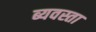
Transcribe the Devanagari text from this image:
ब्यवस्ता